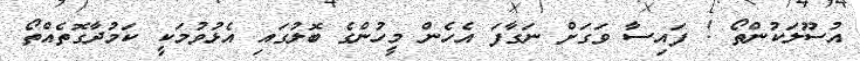
އުސޫލަކުންތޯ ! ފައިސާ ވަގަށް ނަގާފަ އެހެން މީހުންގެ ބޮލުގައި އެޅުވުމަކީ ކަމުދާގޮތެއްތޯ